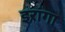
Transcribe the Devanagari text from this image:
इरांगा